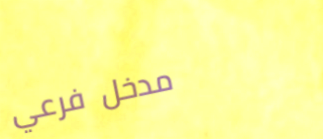
مدخل فرعي